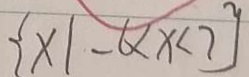
\{ x \vert - 6 < x < 7 \}